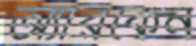
অ্যারকেন